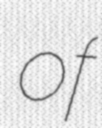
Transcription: of